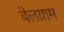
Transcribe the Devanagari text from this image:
बेलग्राम